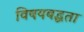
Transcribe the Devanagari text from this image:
विषयबद्धता